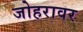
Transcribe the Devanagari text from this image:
जोहरावर